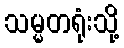
သမ္မတရုံးသို့